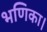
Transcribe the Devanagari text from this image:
भणिका।